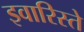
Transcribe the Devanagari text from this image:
इवारिस्ते